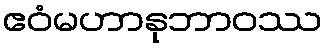
ဧဝံမဟာနုဘာဝဿ